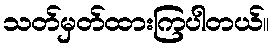
သတ်မှတ်ထားကြပါတယ်။